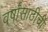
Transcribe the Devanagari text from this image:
वर्षांसाठीची